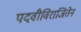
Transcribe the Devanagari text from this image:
पदवीविराजितेन